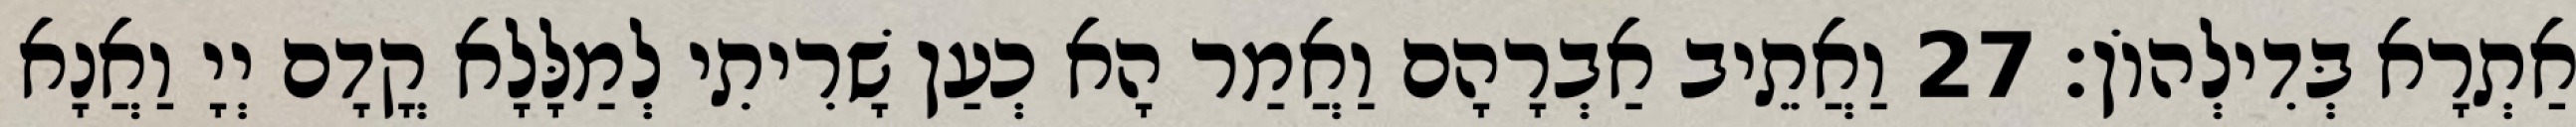
אַתְרָא בְּדִילְהוֹן׃ 27 וַאֲתֵיב אַבְרָהָם וַאֲמַר הָא כְעַן שָׁרִיתִי לְמַלָּלָא קֳדָם יְיָ וַאֲנָא